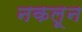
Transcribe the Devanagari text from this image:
नकलून